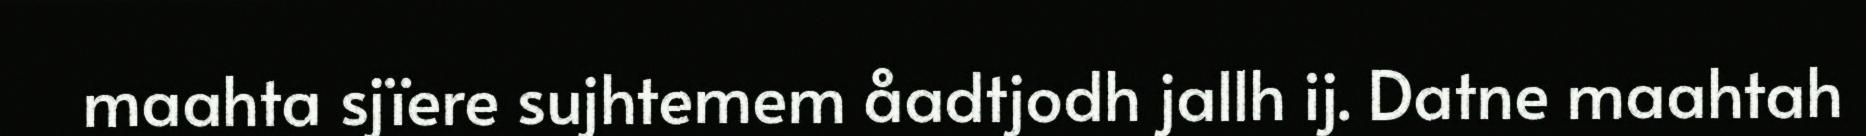
maahta sjïere sujhtemem åadtjodh jallh ij. Datne maahtah